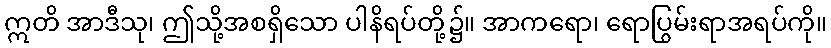
ဣတိ အာဒီသု၊ ဤသို့အစရှိသော ပါနိရပ်တို့၌။ အာကရော၊ ရောပြွမ်းရာအရပ်ကို။